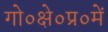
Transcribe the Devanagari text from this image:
गो०क्षे०प्र०में